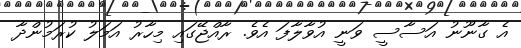
އެ ގާނޫނު އަސާސީ ވަނީ އުވާލާފަ އެވެ. ރާއްޖޭގައި މިހާރު އަމަލު ކުރަމުންދާ